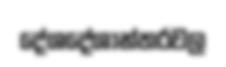
දේශදේශාන්තරවල